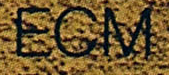
ECM